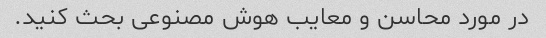
در مورد محاسن و معایب هوش مصنوعی بحث کنید.